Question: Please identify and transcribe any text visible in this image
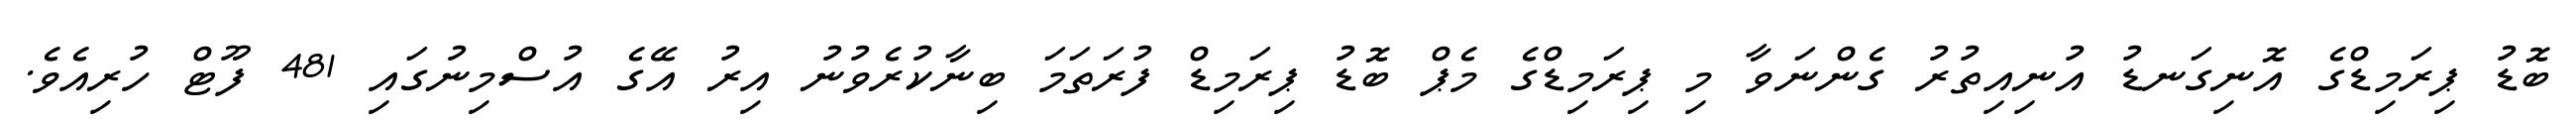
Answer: ބޮޑު ޕިރަމިޑްގެ އޮނިގަނޑު އުނިއިތުރު ގެންނަވާ މި ޕިރަމިޑްގެ މެޕް ބޮޑު ޕިރަމިޑް ފުރަތަމަ ބިނާކުރެވުނު އިރު އޭގެ އުސްމިނުގައި 481 ފޫޓް ހުރިއެވެ.